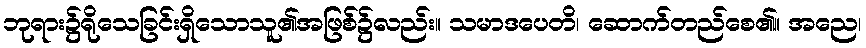
ဘုရား၌ရိုသေခြင်းရှိသောသူ၏အဖြစ်၌လည်း။ သမာဒပေတိ၊ ဆောက်တည်စေ၏။ အညေ၊